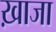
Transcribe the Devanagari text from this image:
ख़ाजा